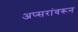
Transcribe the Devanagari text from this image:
अप्सरांवरून